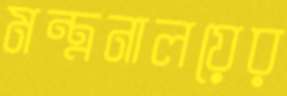
মন্ত্রনালয়ের